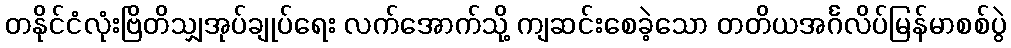
တနိုင်ငံလုံးဗြိတိသျှအုပ်ချုပ်ရေး လက်အောက်သို့ ကျဆင်းစေခဲ့သော တတိယအင်္ဂလိပ်မြန်မာစစ်ပွဲ